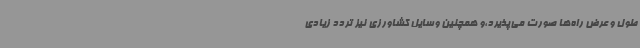
طول و عرض راه‌ها صورت می‌پذیرد،و همچنین وسایل کشاورزی نیز تردد زیادی